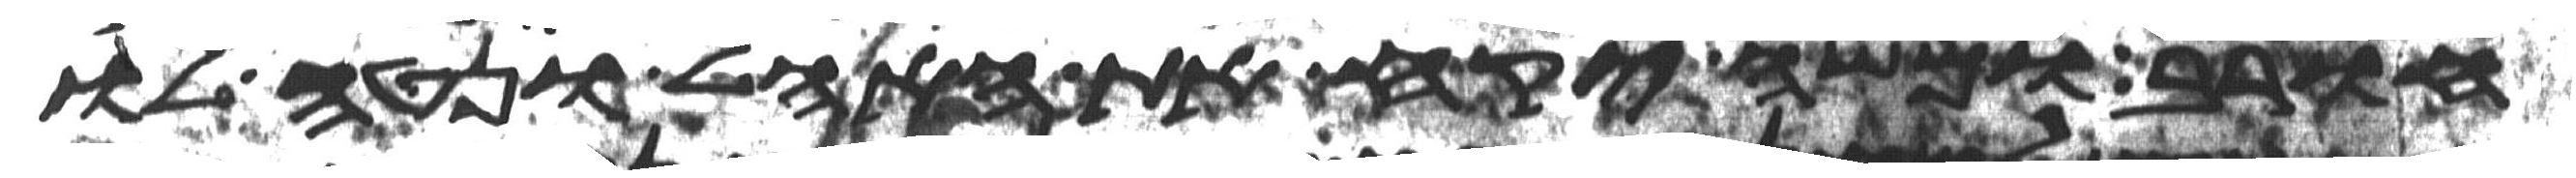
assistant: חורב ומשה יקח את האהל ונטה לו